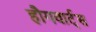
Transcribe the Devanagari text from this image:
हौगवार्ट्स